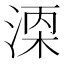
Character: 𬈇